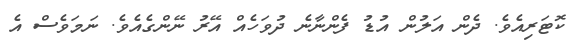
ކޮޓަރިއެވެ. ދެން އަލުން އުޑު ފެންނާނެ ދުވަހެއް އޭރު ނޭންގެއެވެ. ނަމަވެސް އެ